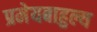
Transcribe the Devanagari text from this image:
प्रमेयबाहुल्य